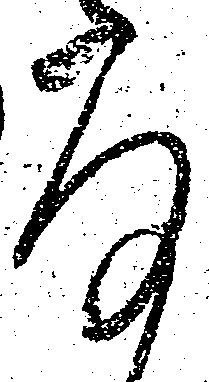
存